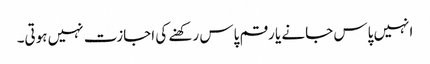
انہیں پاس جانے یا رقم پاس رکھنے کی اجازت نہیں ہوتی۔